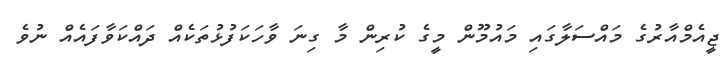
ޖީއެމްއާރުގެ މައްސަލާގައި މައުމޫން މީގެ ކުރިން މާ ގިނަ ވާހަކަފުޅުތަކެއް ދައްކަވާފައެއް ނުވެ